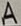
Text: A